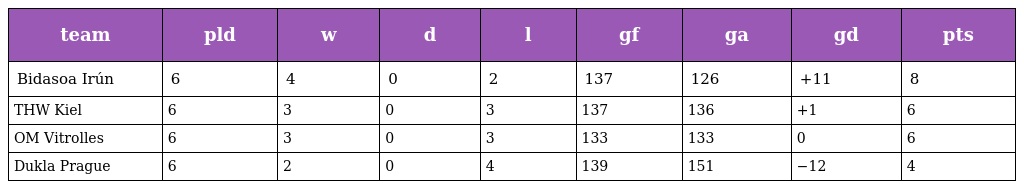
| team | pld | w | d | l | gf | ga | gd | pts |
 | --- | --- | --- | --- | --- | --- | --- | --- | --- |
 | Bidasoa Irún | 6 | 4 | 0 | 2 | 137 | 126 | +11 | 8 |
 | THW Kiel | 6 | 3 | 0 | 3 | 137 | 136 | +1 | 6 |
 | OM Vitrolles | 6 | 3 | 0 | 3 | 133 | 133 | 0 | 6 |
 | Dukla Prague | 6 | 2 | 0 | 4 | 139 | 151 | −12 | 4 |